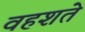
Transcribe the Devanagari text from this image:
वहशते